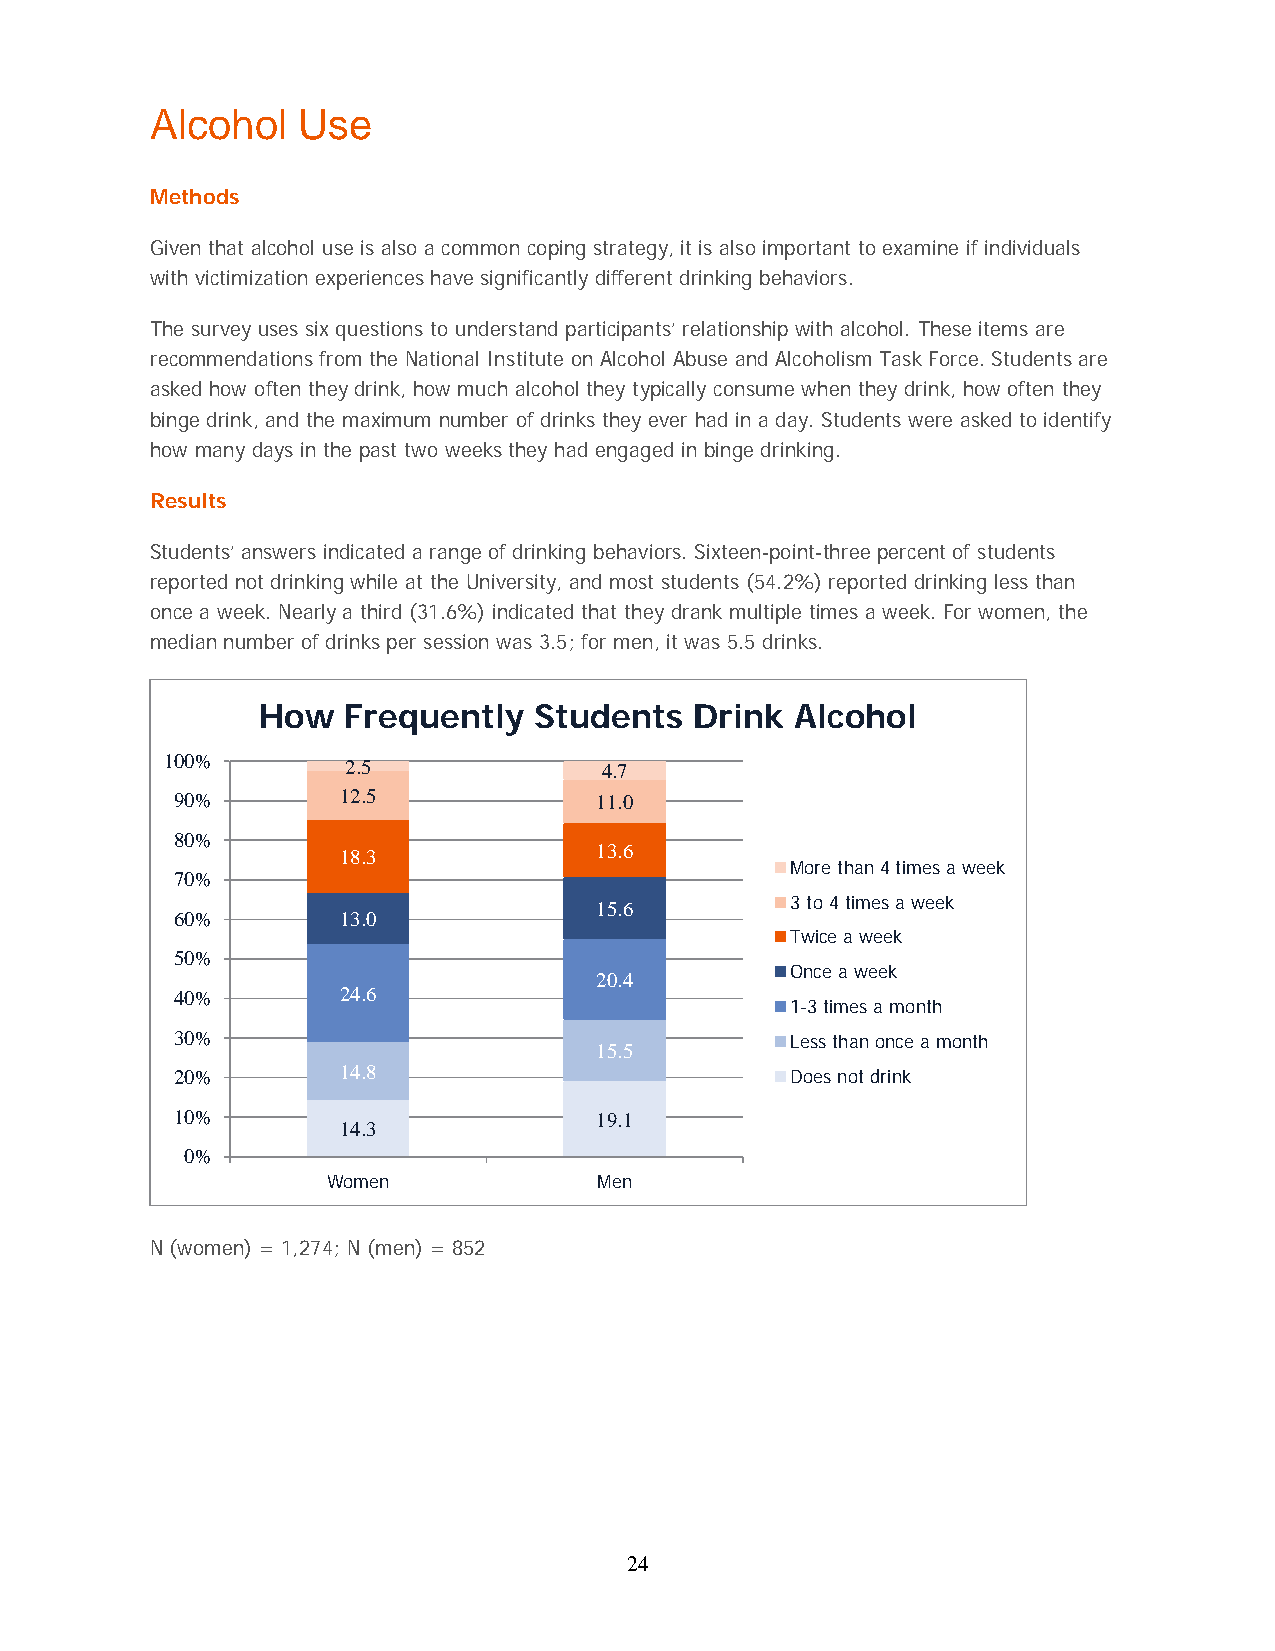
Alcohol   Use
 Methods
 Given that alcohol use is also a common coping strategy, it is also important to examine if individuals
 with victimization experiences have significantly different drinking behaviors.
 The survey uses six questions to understand participants’ relationship with alcohol. These items are
 recommendations from the National Institute on Alcohol Abuse and Alcoholism Task Force. Students are
 asked how often they drink, how much alcohol they typically consume when they drink, how often they
 binge drink, and the maximum number of drinks they ever had in a day. Students were asked to identify
 how many days in the past two weeks they had engaged in binge drinking.
 Results
 Students’ answers indicated a range of drinking behaviors. Sixteen-point-three percent of students
 reported not drinking while at the University, and most students (54.2%) reported drinking less than
 once a week. Nearly a third (31.6%) indicated that they drank multiple times a week. For women, the
 median number of drinks per session was 3.5; for men, it was 5.5 drinks.
 How   Frequently  Students   Drink  Alcohol
 100%        2.5              4.7
 90%       12.5             11.0
 80%
 18.3             13.6
 More than 4 times a week
 70%
 15.6         3 to 4 times a week
 60%       13.0
 Twice a week
 50%
 20.4         Once a week
 40%       24.6
 1-3 times a month
 30%
 Less than once a month
 15.5
 20%       14.8                          Does not drink
 10%                        19.1
 14.3
 0%
 Women             Men
 N (women) = 1,274; N (men) = 852
 24